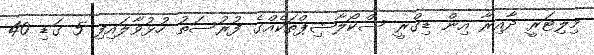
މިލިޓަރީ ދާއިރާ އިން ޑިގްރީ ސްކޯލާޝިޕްތަކެއްގެ ފުރުސަތު ހުޅުވާލައިފި 5 ގަޑި 40